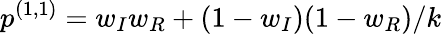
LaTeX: p^{(1,1)}=w_{I}w_{R}+(1-w_{I})(1-w_{R})/k